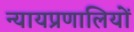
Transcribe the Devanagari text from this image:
न्यायप्रणालियों